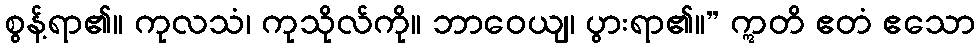
စွန့်ရာ၏။ ကုလသံ၊ ကုသိုလ်ကို။ ဘာဝေယျ၊ ပွားရာ၏။” ဣတိ ဧတံ ဧသော